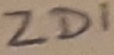
Text: ZD1